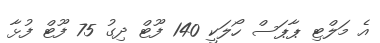
އެ މަލްޓި ޕާޕަސް ހޯލަކީ 140 ފޫޓް ދިގު 75 ފޫޓް ފުޅާ